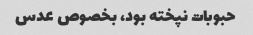
حبوبات نپخته بود، بخصوص عدس